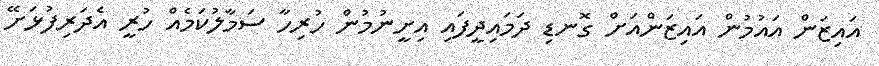
އައިޒަން އައުމުން އައިޒަންއަށް ގޮނޑި ދަމައިދީފައި އިށީނުމުން ހުރިހާ ސަމާލުކަމެއް ހުރީ އެދަރިފުޅަށޭ